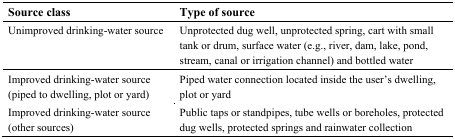
| Source class | Type of source |
 | --- | --- |
 | Unimproved drinking-water source | Unprotected dug well, unprotected spring, cart with small tank or drum, surface water (e.g., river, dam, lake, pond, stream, canal or irrigation channel) and bottled water |
 | Improved drinking-water source (piped to dwelling, plot or yard) | Piped water connection located inside the user’s dwelling, plot or yard |
 | Improved drinking-water source (other sources) | Public taps or standpipes, tube wells or boreholes, protected dug wells, protected springs and rainwater collection |